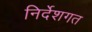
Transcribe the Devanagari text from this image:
निर्देशगत